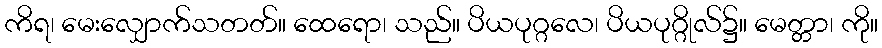
ကိရ၊ မေးလျှောက်သတတ်။ ထေရော၊ သည်။ ပိယပုဂ္ဂလေ၊ ပိယပုဂ္ဂိုလ်၌။ မေတ္တာ၊ ကို။